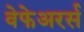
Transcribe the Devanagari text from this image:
वेफेअरर्स